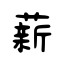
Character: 薪